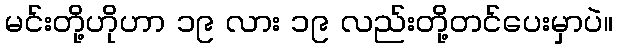
မင်းတို့ဟိုဟာ ၁၉ လား ၁၉ လည်းတို့တင်ပေးမှာပဲ။